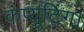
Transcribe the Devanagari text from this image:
कंप्यूटिंग।